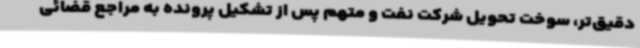
دقیق‌تر، سوخت تحویل شرکت نفت و متهم پس از تشکیل پرونده به مراجع قضائی